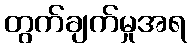
တွက်ချက်မှုအရ